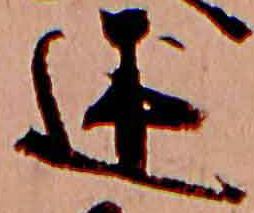
述